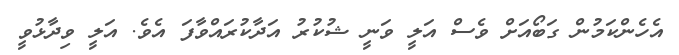
އެހެންކަމުން ގަބޯއަށް ވެސް އަލީ ވަނީ ޝުކުރު އަދާކުރައްވާފަ އެވެ. އަލީ ވިދާޅުވީ